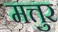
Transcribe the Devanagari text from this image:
मत्तुर